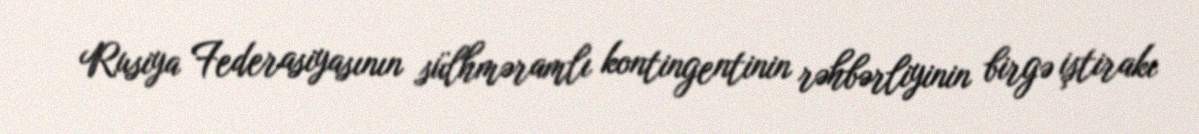
Rusiya Federasiyasının sülhməramlı kontingentinin rəhbərliyinin birgə iştirakı